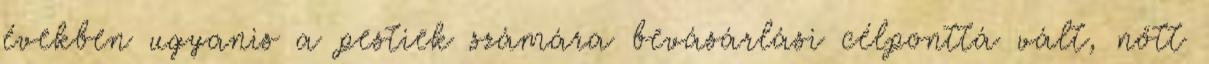
években ugyanis a pestiek számára bevásárlási célponttá vált, nőtt